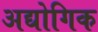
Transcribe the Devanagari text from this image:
अद्योगिक